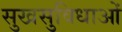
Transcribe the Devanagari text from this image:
सुखसुविधाओं